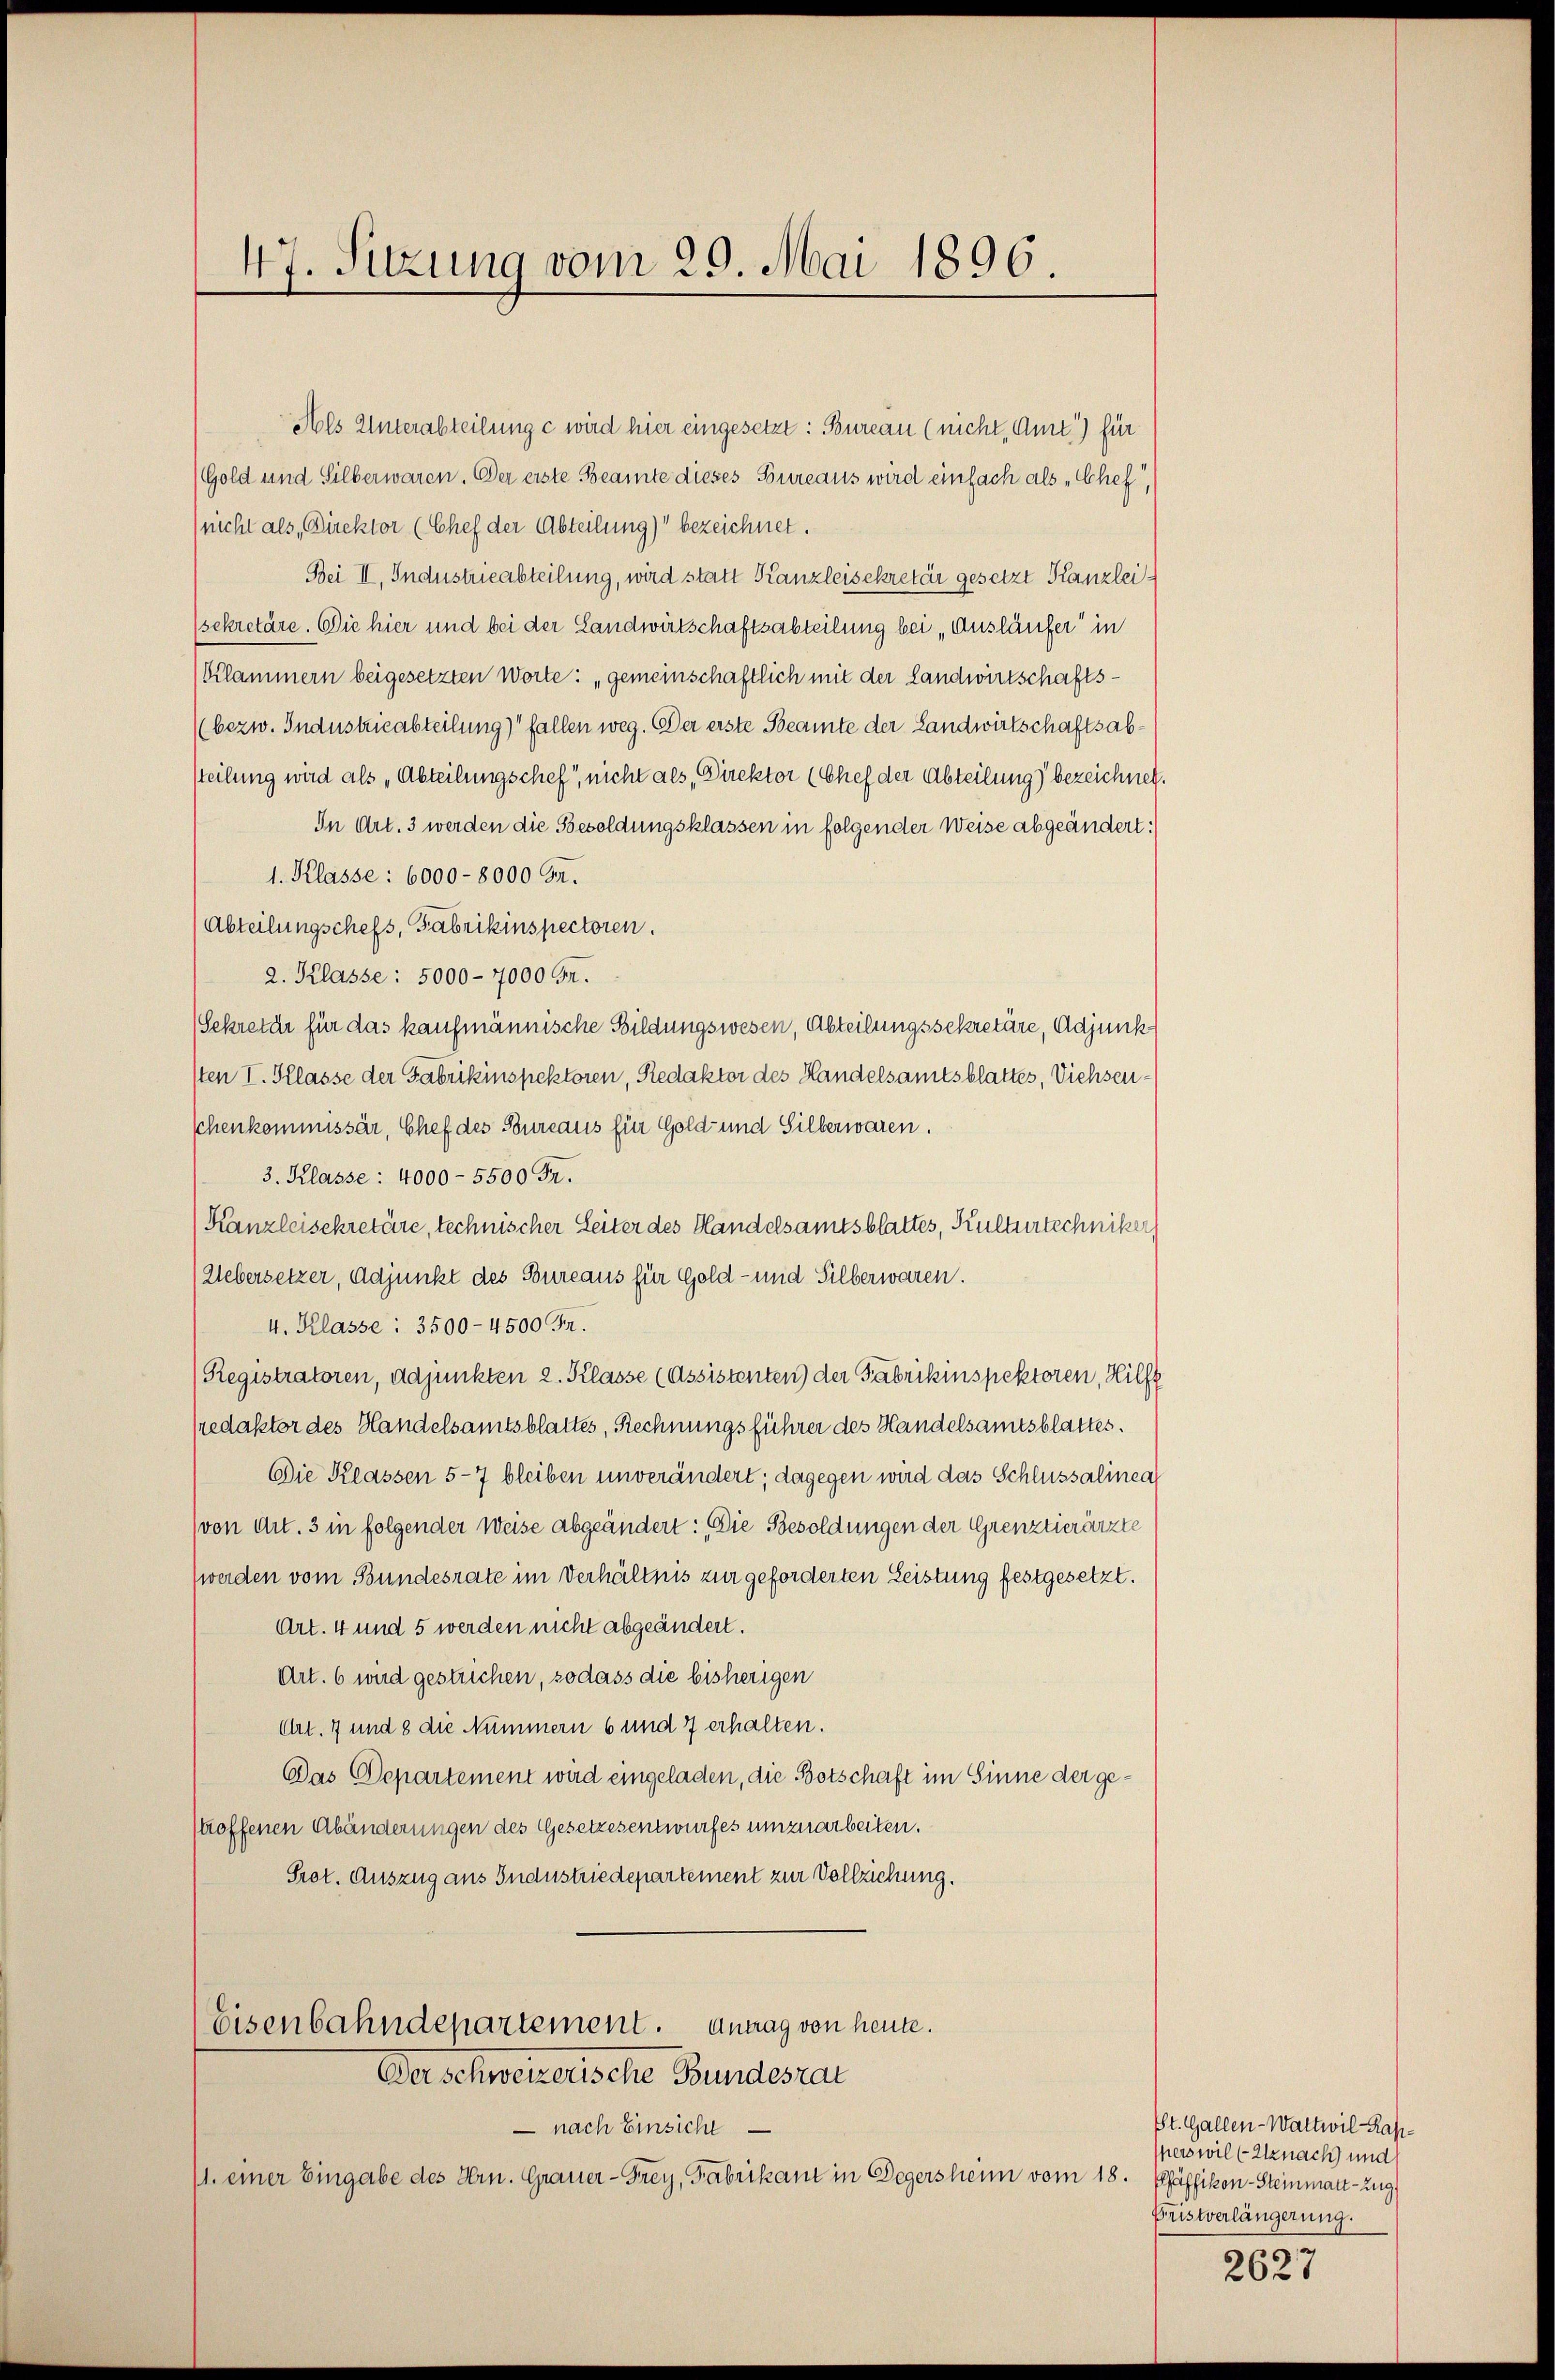
47. Sitzung vom 29. Mai 1896.

Als Unterabteilung c wird hier eingesetzt: Bureau (nicht, Amt.) für
Gold und Silberwaren. Der erste Beamte dieses Bureaus wird einfach als „Chef,
(nicht als Direktor (Chef der Abteilung) bezeichnet.
Bei II, Industrieabteilung, wird statt Kanzleisekretär gesetzt Kanzleisekretäre. Die hier und bei der Landwirtschaftsabteilung bei „Ausläufer in
(Klammern beigesetzten Worte: „gemeinschaftlich mit der Landwirtschafts¬
(bezw. Industrieabteilung) fallen weg. Der erste Beamte der Landwirtschaftsabsteilung wird als „Abteilungschef, nicht als, Direktor (Chef der Abteilung) bezeichnet.
In Art. 3 werden die Besoldungsklassen in folgender Weise abgeändert:
1. Klasse: 6000 - 8000 Fr.
(Abteilungschefs, Fabrikinspectoren.
2. Klasse: 5000 - 7000 Fr.
Sekretär für das kaufmännische Bildungswesen, Abteilungssekretäre, Adjunk
sten I. Klasse der Fabrikinspektoren, Redaktor des Handelsamtsblattes, Viehseuschenkommissär, Chef des Bureaus für Gold- und Silberwaren.
3. Klasse: 4000 - 5500 Fr.
Kanzleisekretäre, technischer Seiter des Handelsamtsblattes, Kulturtechniker
Uebersetzer, Adjunkt des Bureaus für Gold- und Silberwaren.
4. Klasse: 3500-4500 Fr.
Registratoren, Adjunkten 2. Klasse (Assistenten) der Fabrikinspektoren, Hilf
sredaktor des Handelsamtsblattes, Rechnungsführer des Handelsamtsblattes.
Die Klassen 5-7 bleiben unverändert; dagegen wird das Schlussalinea
(von Art. 3 in folgender Weise abgeändert: „Die Besoldungen der Grenztierärzte
werden vom Bundesrate im Verhältnis zur geforderten Leistung festgesetzt.
Art. 4 und 5 werden nicht abgeändert.
Art. 6 wird gestrichen, sodass die bisherigen
Art. 7 und 8 die Nummern 6 und 7 erhalten.
Das Departement wird eingeladen, die Botschaft im Sinne der gestroffenen Abänderungen des Gesetzesentwurfes umzuarbeiten.
Prot. Auszug aus Industriedepartement zur Vollziehung.
Eisenbahndepartement. Antrag von heute.
Der schweizerische Bundesrat
 nach Einsicht
11. einer Eingabe des Hrn. Grauer-Frey, Fabrikant in Degersheim vom 18. Pfäffikon-Steinmatt - Zug

St. Gallen-Wattwil-Kapsperswil (Utznach und
Fristverlängerung.

2627